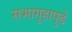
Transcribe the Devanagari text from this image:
सभागृहापुढे